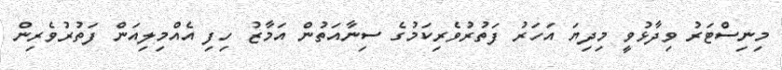
މިނިސްޓަރު ވިދާޅުވީ މިދިޔަ އަހަރު ފަތުރުވެރިކަމުގެ ސިނާއަތުން އަމާޒު ހިފި އެއްމިލިއަން ފަތުރުވެރިން